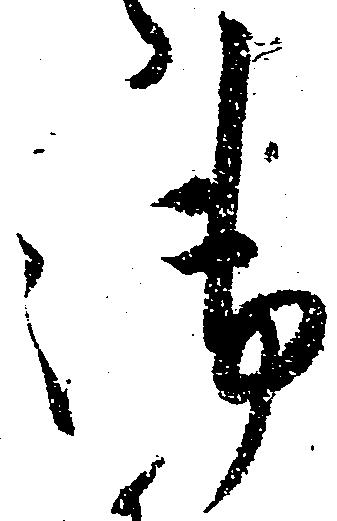
御